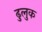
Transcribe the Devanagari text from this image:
ढुलुक